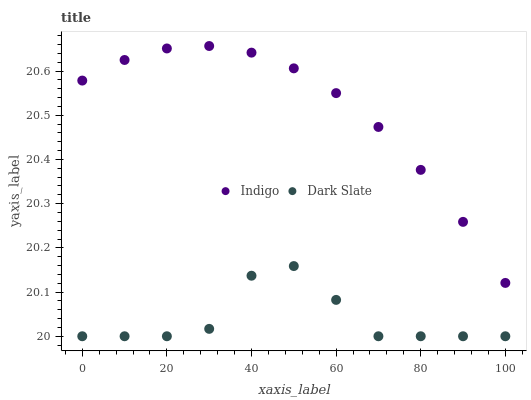
| xaxis_label | Indigo | Dark Slate |
 | --- | --- | --- |
 | 0 | 20.6 | 20 |
 | 10 | 20.6 | 20 |
 | 20 | 20.7 | 20 |
 | 30 | 20.7 | 20 |
 | 40 | 20.6 | 20.1 |
 | 50 | 20.6 | 20.2 |
 | 60 | 20.6 | 20.1 |
 | 70 | 20.5 | 20 |
 | 80 | 20.4 | 20 |
 | 90 | 20.3 | 20 |
 | 100 | 20.1 | 20 |